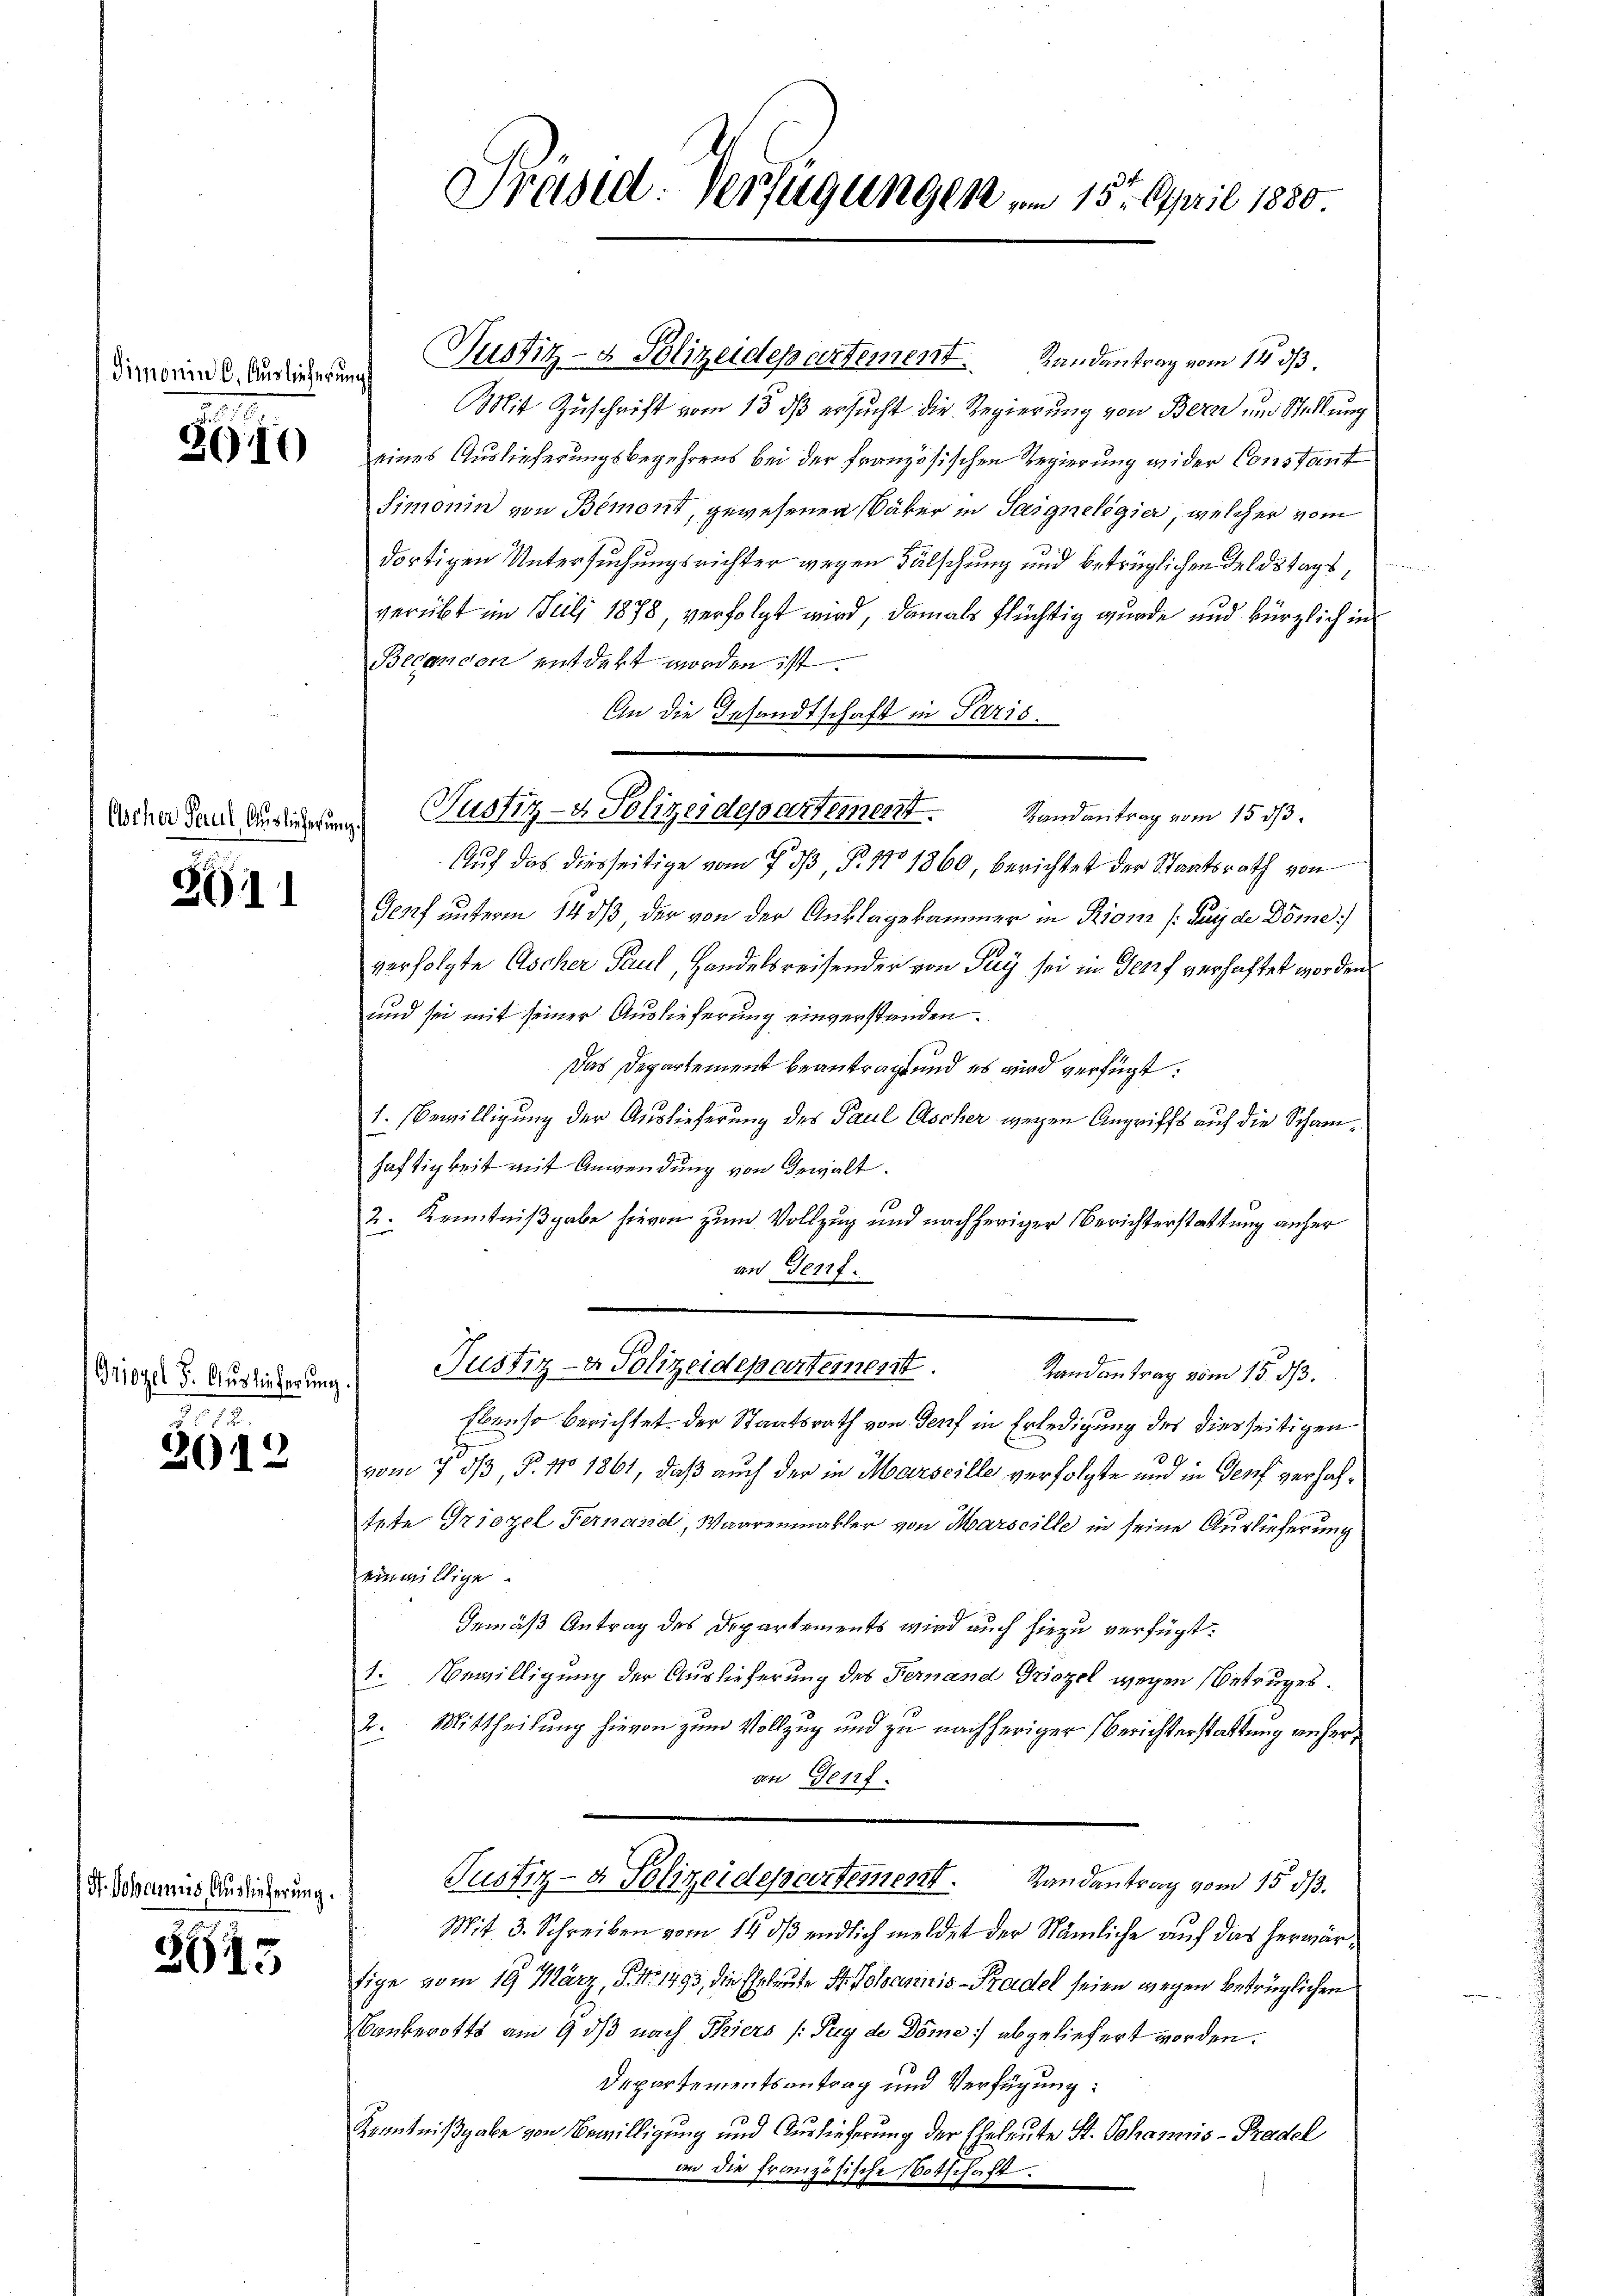
Simonin 6. Auslieferung

2610

Woher Secul, Auslieferung.

2011

Griozel 8. Auslieferun

2612

H. Johannis, Auslieferung.

2645

Justiz- & Polizeidepartement. Randantrag vom 14. ds
Mit Zuschrift vom 13. ds ersucht die Regierung von Bern um Stellung
eines Auslieferungsbegehrens bei der französischen Regierung wider Constant
Simonin von Bemont, gewesenen Bäker in Teigneligier, welcher vom
dortigen Untersuchungsrichter wegen Fälschung und betrüglichen Feldstags,
verübt im Juli 1878, verfolgt wird, damals flüchtig wurde und kürzlich in
Beconcen entdert worden ist.
An die Gesandtschaft in Paris.
Auf das diesseitige vom 7. dβ, P. Nro 1860, berichtet der Staatsrath von
Genf unterm 14 dß der von der Anklagekammer in Rions (Juyde Döme)
verfolgte Ascher Paul, Handelsreisender von Pay sei in Genf verhaftet worden
und sei mit seiner Auslieferung einverstanden.
Das Departement beantragt und es wird verfügt:
1. Bewilligung der Auslieferung des Paul Ascher wegen Angriffs auf die Schanhaftigkeit mit Anwendung von Gewalt.
10
2. Kenntnißgabe hievon zum Vollzug und nachheriger Berichterstattung anher
an Genf.
Pustiz- & Polizeidepartemest
Landantrag vom 15. ds.
Ebenso berichtet. Der Staatsrath von Genf in Erledigung des diesseitigen
vom 7 dß, P. No 1861, daß auch der in Marseille verfolgte und in Genf verhaltete Triozel Fernand, Waarenmakler von Marscille in seine Auslieferung
einwillige.
Gemäß Antrag des Departements wird auch hiezu verfügt:
1. Bewilligung der Auslieferung des Fernand Griezel wegen Betruges.
2. Mittheilung hievon zum Vollzug und zu nachheriger Berichterstattung anheran Genf.
Justiz- & Polizeidepartement. Randantrag vom 15. d.
Mit. 3. Schreiben vom 14. ds endlich meldet der Nämliche auf das herwärtige vom 19. März, P. Nr. 1493, die Eheleute St. Johannis - Pradel seien wegen betrüglichen
Bankerotts am 9. ds nach Thiers (Tuy de Dome abgeliefert worden.
Departementsantrag und Verfügung:
Kenntnißgabe von Bewilligung und Auslieferung der Eheleute St. Johannis - Pradel
 an die französische Botschaft.

Präsid. Verfügungen am 15. April 1850.

Justiz- & Polizeidepartement. Randantrag vom 15. ds.